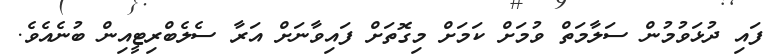
ފައި ދުޅަވުމުން ސަލާމަތް ވުމަށް ކަމަށް މިގޮތަށް ފައިވާނަށް އަރާ ސެލެބްރިޓީއިން ބުނެއެވެ.